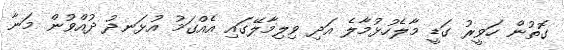
ގޮތުން ހަވީރު ގަޑީ މާލެހުޅުމާލެ އަދި ވިލިމާލޭގައި އެއްގަމު އުޅަނދު ދުއްވުން މަނާ